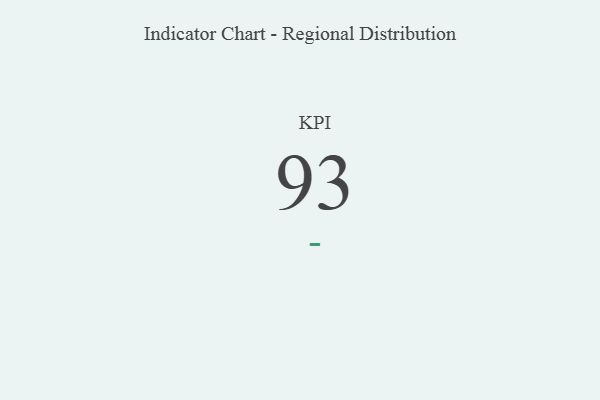
{"axis": {"x": "KPI", "y": "Value"}, "legend": [""], "data": [{"x": "KPI", "y": 93, "type": ""}]}